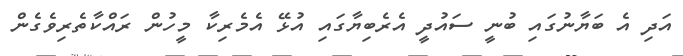
އަދި އެ ބަޔާނުގައި ބުނީ ސައުދީ އެރެބިޔާގައި އުޅޭ އެމެރިކާ މީހުން ރައްކާތެރިވެގެން